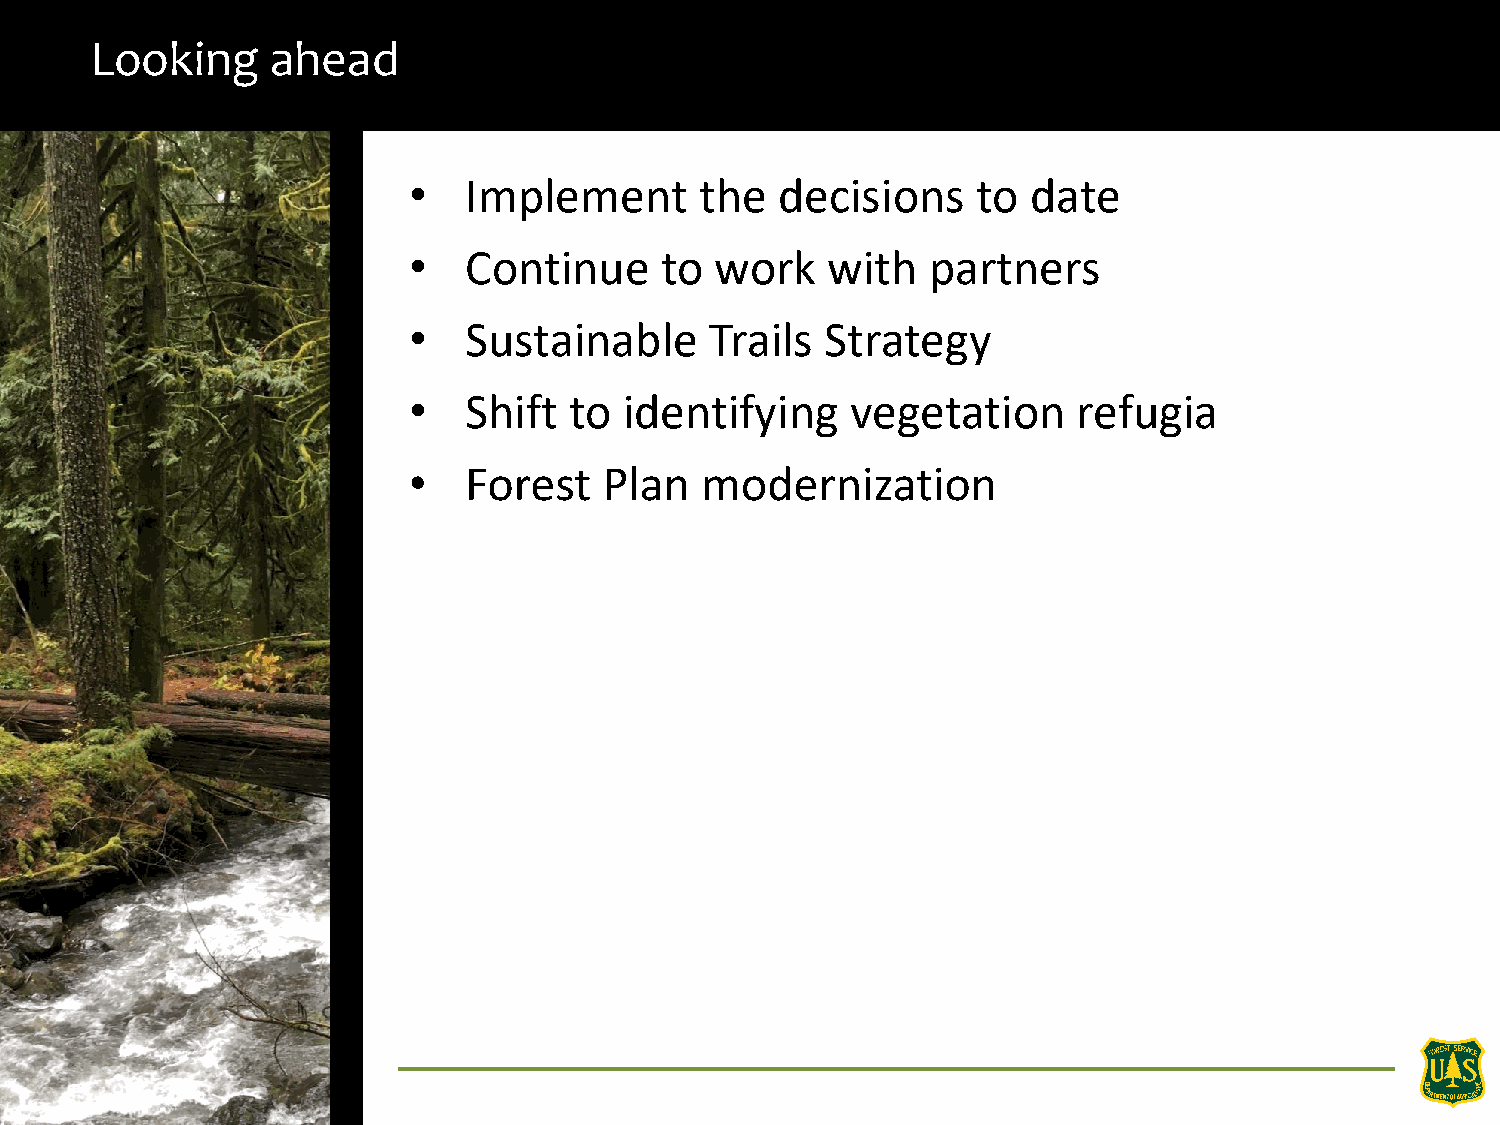
Looking     ahead
 •   Implement      the  decisions     to date
 •   Continue     to work    with  partners
 •   Sustainable     Trails  Strategy
 •   Shift  to identifying    vegetation     refugia
 •   Forest   Plan  modernization